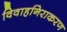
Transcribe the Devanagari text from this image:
विवाहनिराकरण